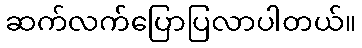
ဆက်လက်ပြောပြလာပါတယ်။